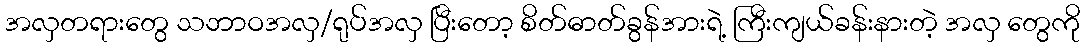
အလှတရားတွေ သဘာဝအလှ/ရုပ်အလှ ပြီးတော့ စိတ်ဓာတ်ခွန်အားရဲ့ ကြီးကျယ်ခန်းနားတဲ့ အလှ တွေကို